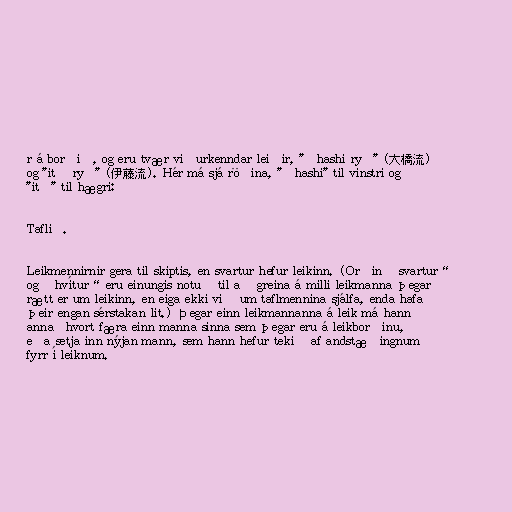
r á borðið, og eru tvær viðurkenndar leiðir, "ōhashi ryū" (大橋流)
og "itō ryū" (伊藤流). Hér má sjá röðina, "ōhashi" til vinstri og
"itō" til hægri:

Taflið.

Leikmennirnir gera til skiptis, en svartur hefur leikinn. (Orðin „svartur“
og „hvítur“ eru einungis notuð til að greina á milli leikmanna þegar
rætt er um leikinn, en eiga ekki við um taflmennina sjálfa, enda hafa
þeir engan sérstakan lit.) Þegar einn leikmannanna á leik má hann
annaðhvort færa einn manna sinna sem þegar eru á leikborðinu,
eða setja inn nýjan mann, sem hann hefur tekið af andstæðingnum
fyrr í leiknum.